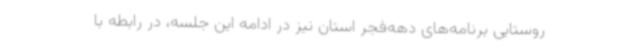
روستایی برنامه‌های دهه‌فجر استان نیز در ادامه این جلسه، در رابطه با